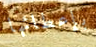
بإعطائها